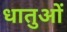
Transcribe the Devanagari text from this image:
धातुआें